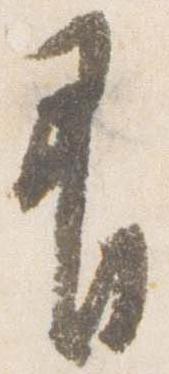
有